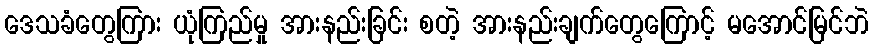
ဒေသခံတွေကြား ယုံကြည်မှု အားနည်းခြင်း စတဲ့ အားနည်းချက်တွေကြောင့် မအောင်မြင်ဘဲ